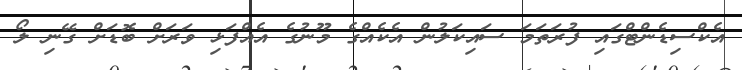
އެކްސިޑެންޓްގައި ފުރަތަމަ ސައިކަލުން އެކެއްގެ މޫނުގެ އެއްފަޅި ވަރަށް ބޮޑަށް ގޭނި ލޯ